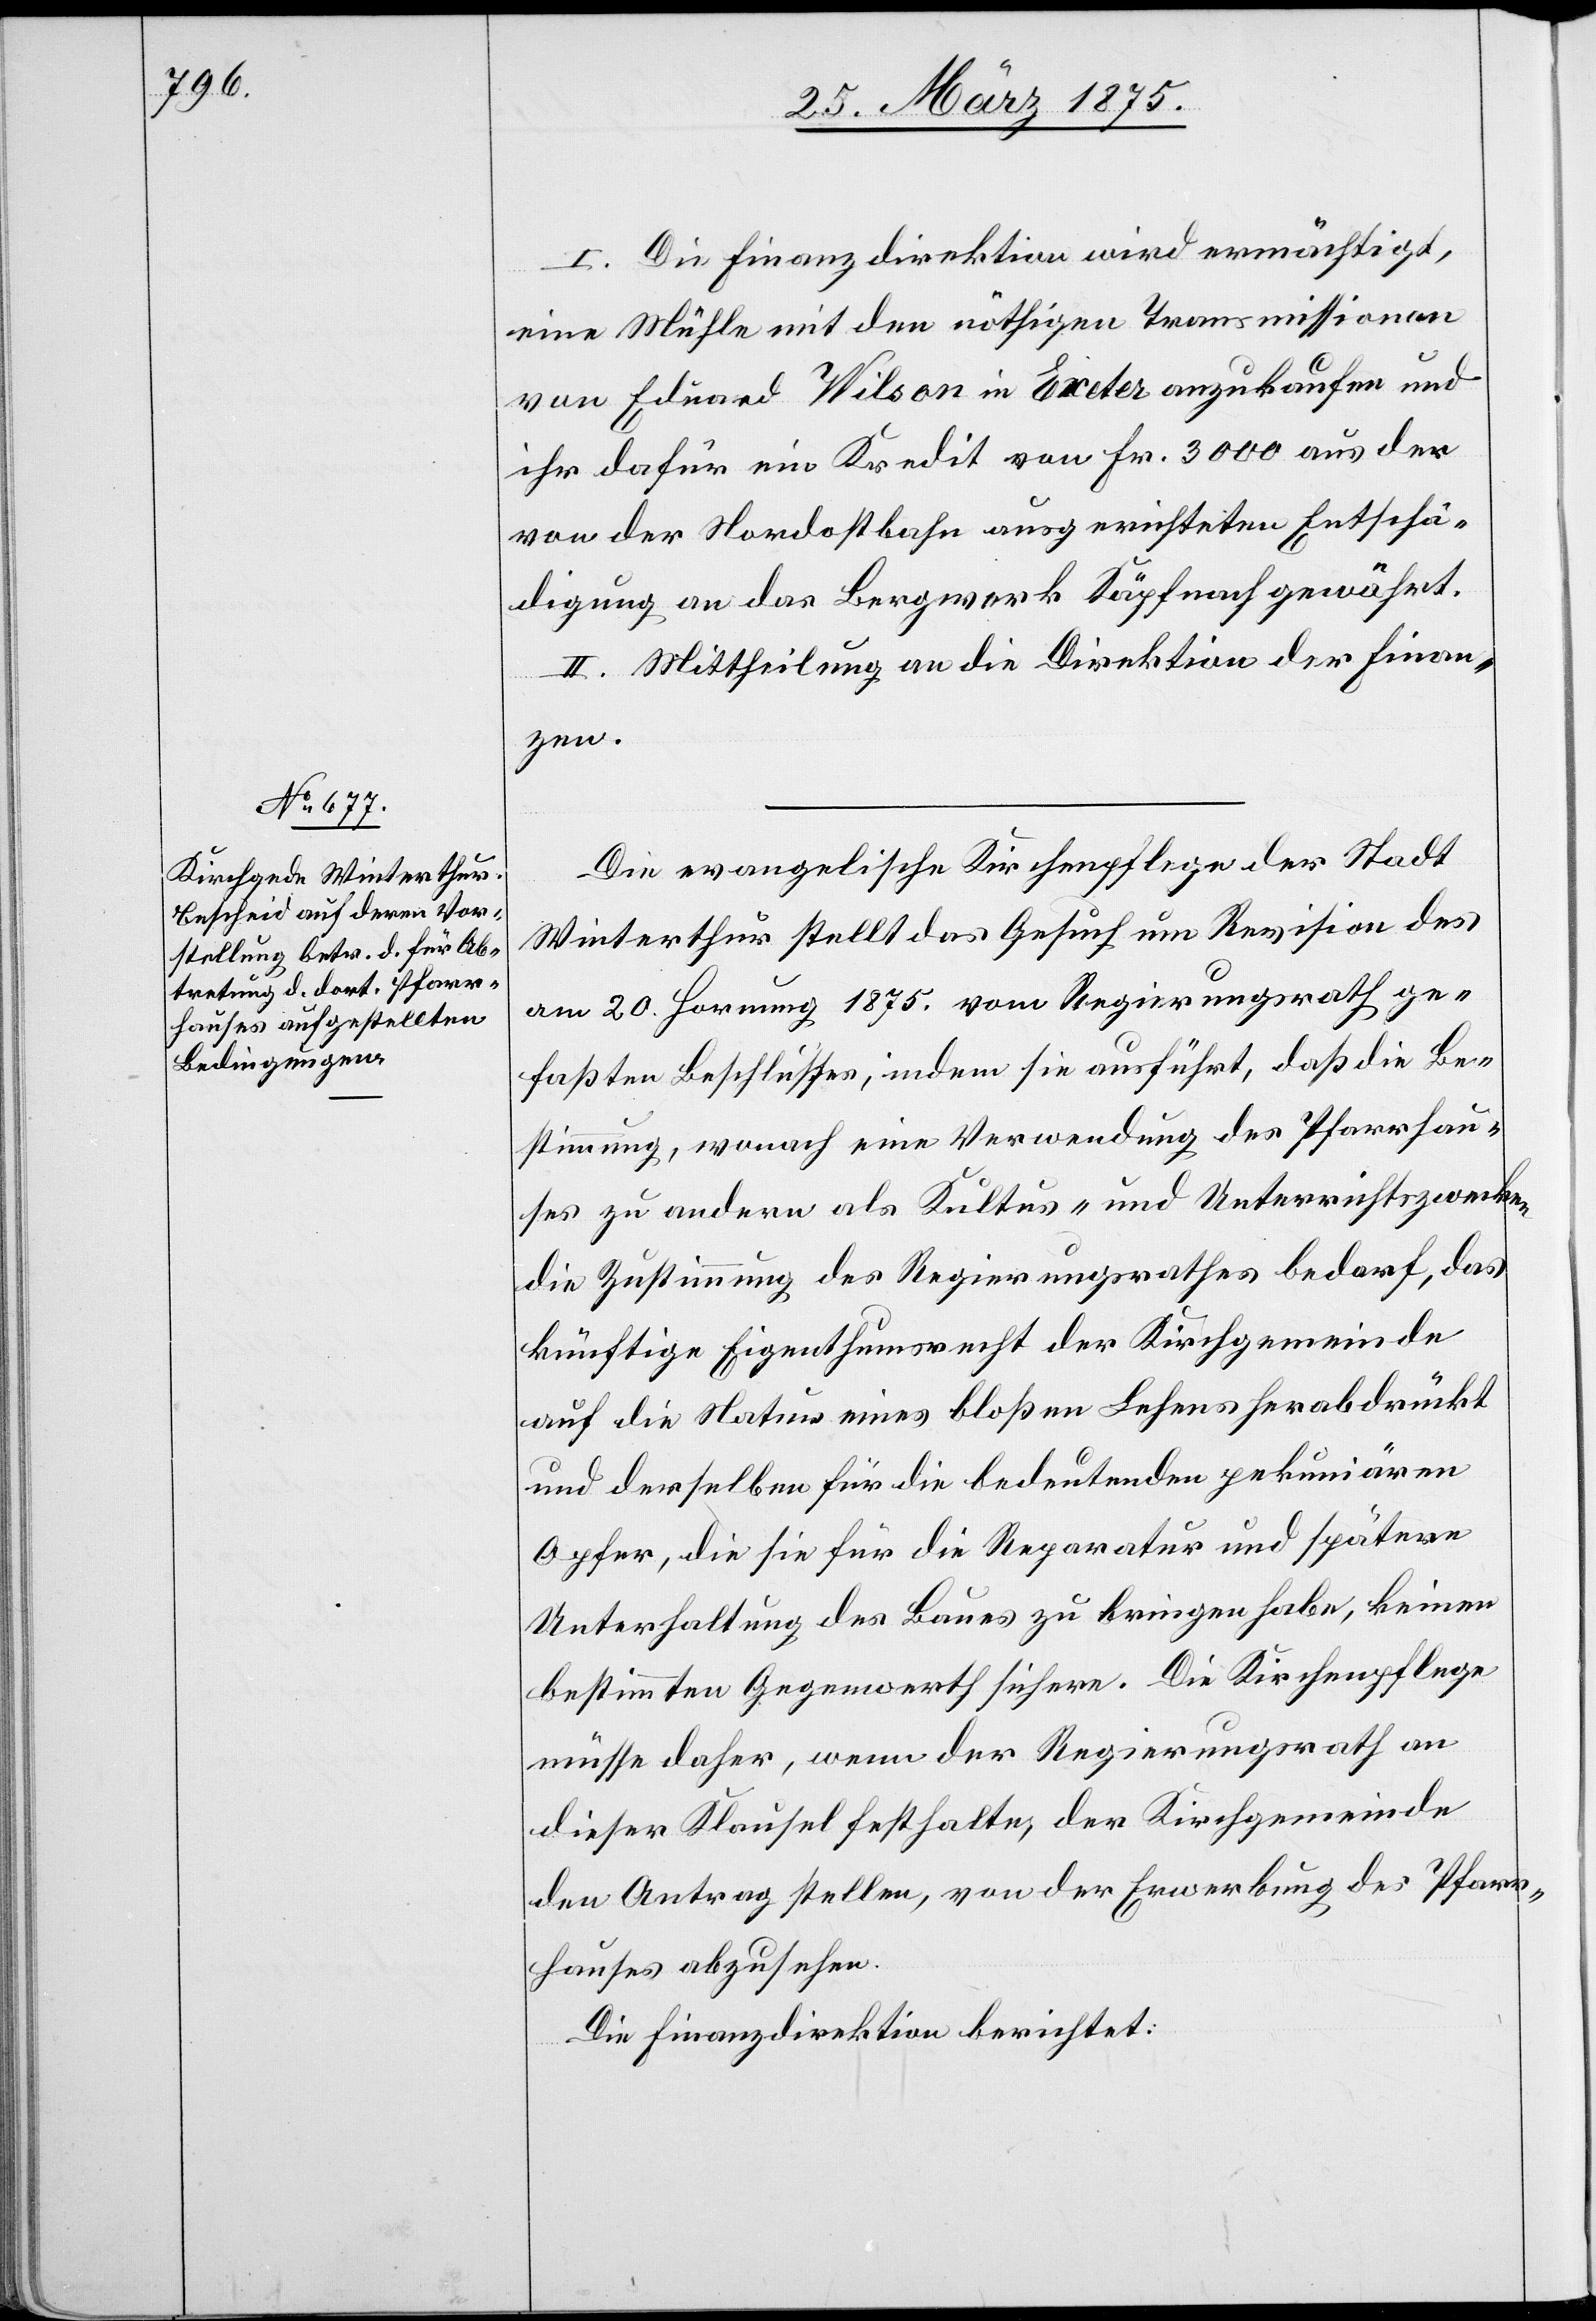
I. Die Finanzdirektion wird ermächtigt,
eine Mühle mit den nöthigen Transmissionen
von Eduard Wilson in Exeter anzukaufen und
ihr dafür ein Kredit von Fr. 3000 aus der
von der Nordostbahn ausgerichteten Entschä¬
digung an das Bergwerk Käpfnach gewährt.
II. Mittheilung an die Direktion der Finan¬
zen.
Die evangelische Kirchenpflege der Stadt
Winterthur stellt das Gesuch um Revision des
am 20 Hornung 1875. vom Regierungsrath ge¬
faßten Beschlusses, indem sie ausführt, daß die Be¬
stimmung, wonach eine Verwendung des Pfarrhau¬
ses zu andern als Kultus- und Unterrichtszwecken
die Zustimmung des Regierungsrathes bedarf, das
künftige Eigenthumsrecht der Kirchgemeinde
auf die Natur eines bloßen Lehens herabdrückt
und derselben für die bedeutenden pekuniären
Opfer, die sie für die Reparatur und spätere
Unterhaltung des Baues zu bringen habe, keinen
bestimmten Gegenwerth sichere. Die Kirchenpflege
müsse daher, wenn der Regierungsrath an
dieser Klausel festhalte, der Kirchgemeinde
den Antrag stellen, von der Erwerbung des Pfarr¬
hauses abzusehen.
Die Finanzdirektion berichtet: